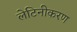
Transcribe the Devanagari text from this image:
लेटिनीकरण